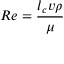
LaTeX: R e = { \frac { l _ { c } v \rho } { \mu } }